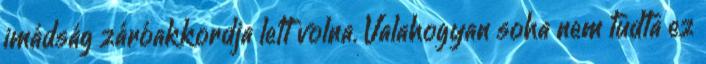
imádság záróakkordja lett volna. Valahogyan soha nem tudta ez